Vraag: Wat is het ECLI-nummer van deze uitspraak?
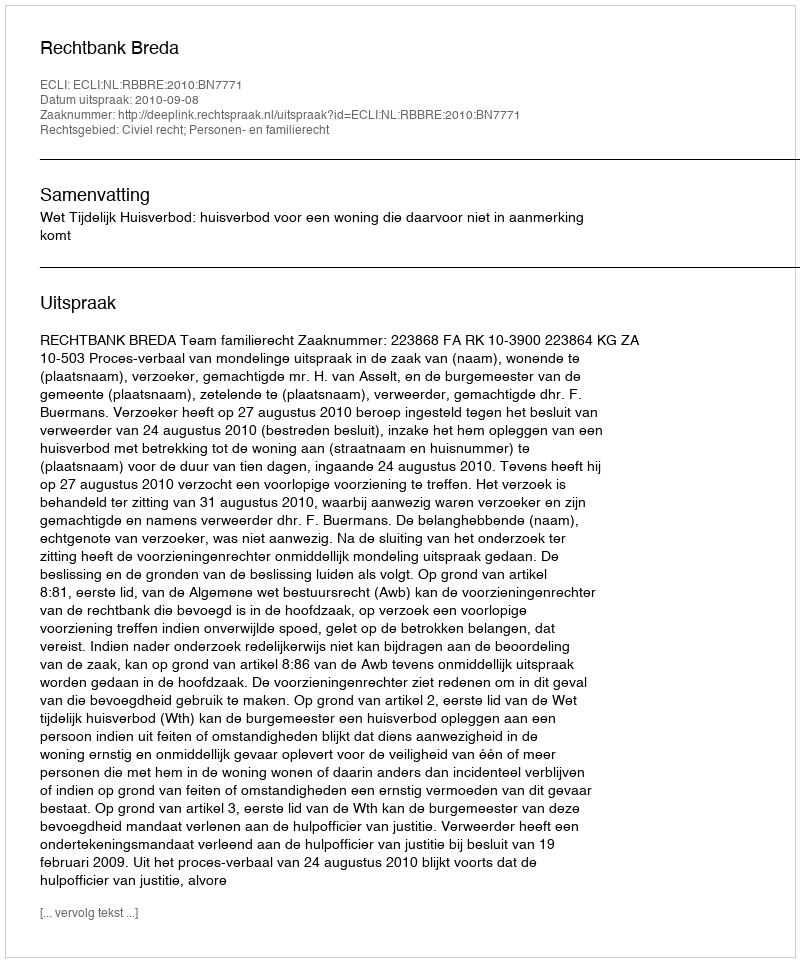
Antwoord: ECLI:NL:RBBRE:2010:BN7771